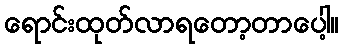
ရောင်းထုတ်လာရတော့တာပေါ့။